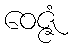
ဝေဇ္ဇံ